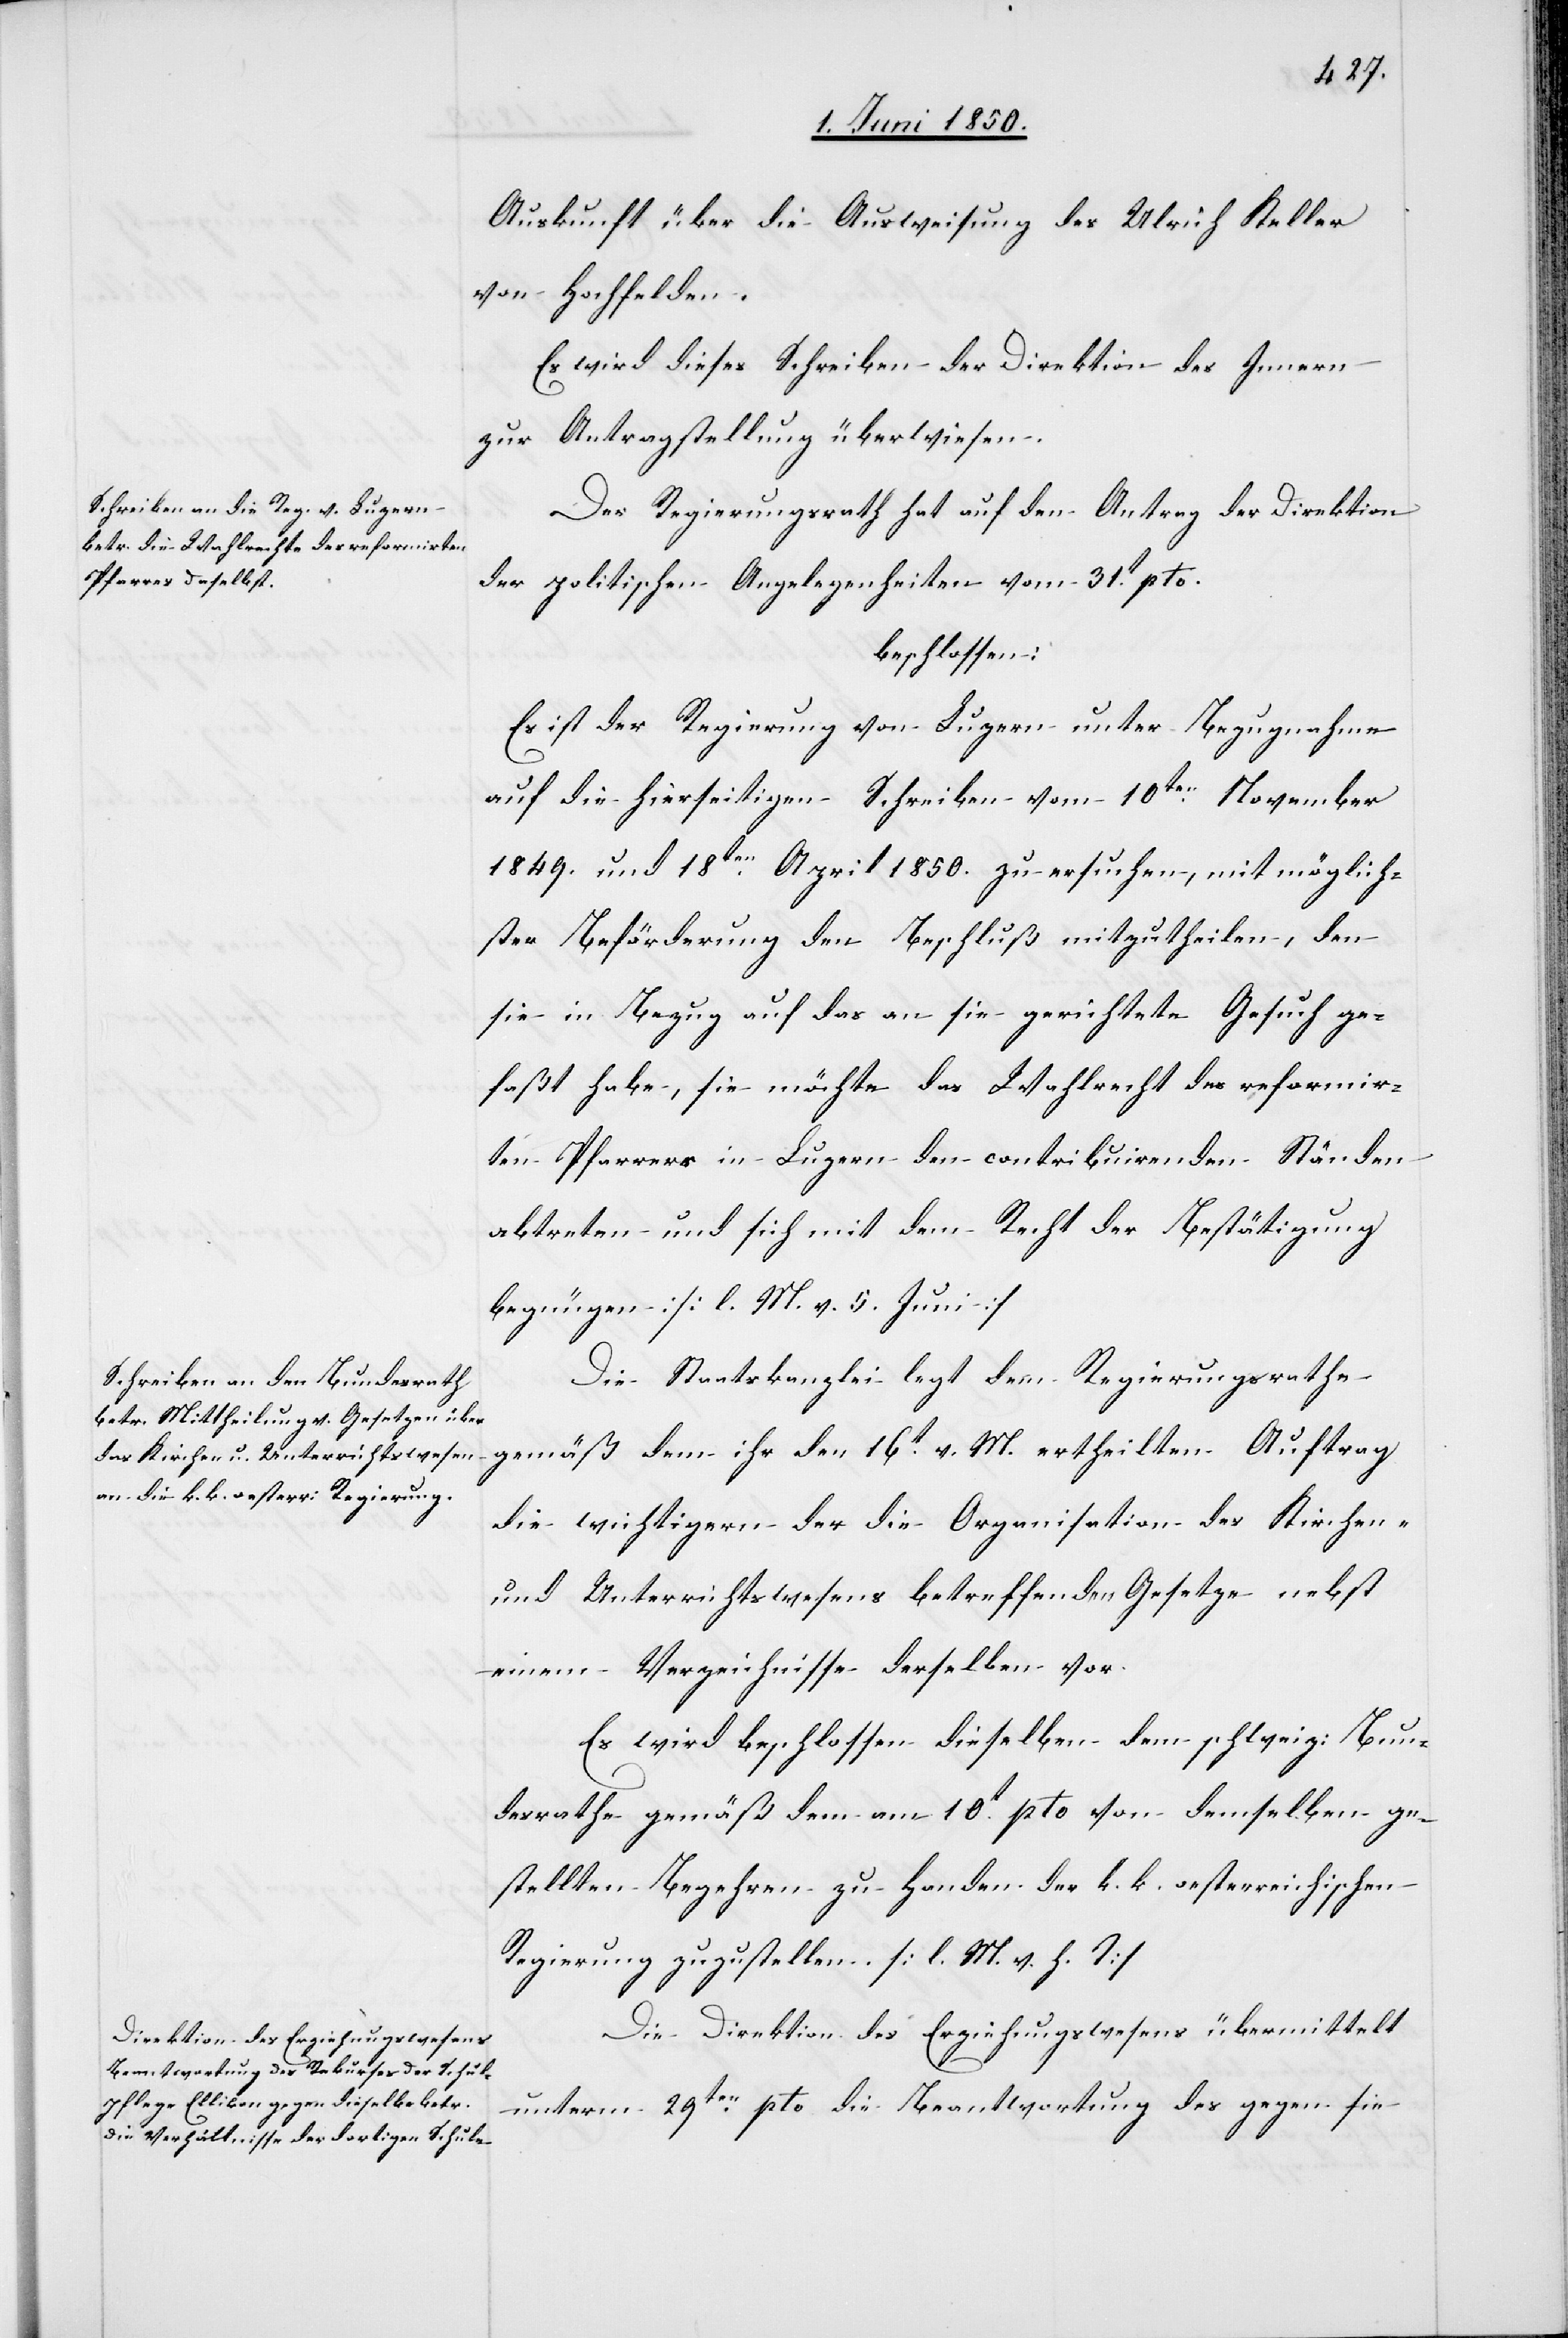
Auskunft über die Ausweisung des Ulrich Keller
von Hochfelden.
Es wird dieses Schreiben der Direktion des Innern
zur Antragstellung überwiesen.
Der Regierungsrath hat auf den Antrag der Direktion
der politischen Angelegenheiten vom 31t pto.
beschlossen:
Es ist der Regierung von Luzern unter Bezugnahme
auf die hierseitigen Schreiben vom 10ten November
1849. und 18ten April 1850. zu ersuchen, mit möglich¬
ster Beförderung den Beschluß mitzutheilen, den
sie in Bezug auf das an sie gerichtete Gesuch ge¬
faßt habe, sie möchte das Wahlrecht des reformir¬
ten Pfarrers in Luzern den contribuirenden Ständen
abtreten und sich mit dem Recht der Betätigung
begnügen [l. M. v. 5. Juni]
Die Staatskanzlei legt dem Regierungsrathe
gemäß dem ihr den 16t v. M. ertheilten Auftrag
die wichtigern der die Organisation des Kirchen-
und Unterrichtswesens betreffenden Gesetze nebst
einem Verzeichnisse derselben vor.
Es wird beschlossen dieselben dem schweiz: Bun¬
desrathe gemäß dem am 10t pto von demselben ge¬
stellten Begehren zu Handen der k. k. oesterreichischen
Regierung zuzustellen. [l. M. v. h. T.]
Die Direktion des Erziehungswesens übermittelt
unterm 29ten pto die Beantwortung des gegen sie